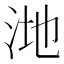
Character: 𪵸